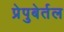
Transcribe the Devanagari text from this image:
प्रेपुबेर्तल